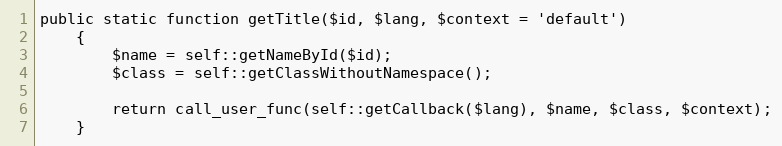
Language: PHP
public static function getTitle($id, $lang, $context = 'default')
    {
        $name = self::getNameById($id);
        $class = self::getClassWithoutNamespace();

        return call_user_func(self::getCallback($lang), $name, $class, $context);
    }